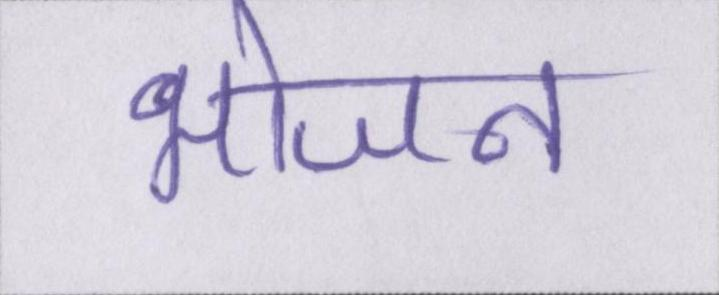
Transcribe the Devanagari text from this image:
भोजन